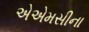
એએમસીના